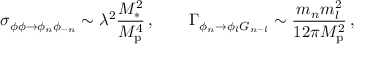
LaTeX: \sigma _ { \phi \phi \rightarrow \phi _ { n } \phi _ { - n } } \sim \lambda ^ { 2 } \frac { M _ { \ast } ^ { 2 } } { M _ { \mathrm { p } } ^ { 4 } } \, , \quad \quad \Gamma _ { \phi _ { n } \rightarrow \phi _ { l } G _ { n - l } } \sim \frac { m _ { n } m _ { l } ^ { 2 } } { 1 2 \pi M _ { \mathrm { p } } ^ { 2 } } \, ,